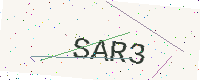
Text: SAR3